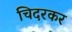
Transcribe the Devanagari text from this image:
चिदरकर